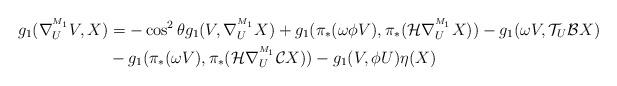
LaTeX: \begin{align*}g_{1}(\nabla^{^{M_1}}_{U}V,X) &=-\cos ^{2}\theta g_{1}(V,\nabla^{^{M_1}}_{U}X)+g_{1}(\pi_*(\omega\phi V),\pi_*(\mathcal{H}\nabla^{^{M_1}}_{U}X))-g_{1}(\omega V,\mathcal{T}_{U}\mathcal{B}X) \\&-g_{1}(\pi_*(\omega V),\pi_*(\mathcal{H}\nabla^{^{M_1}}_{U}\mathcal{C}X))-g_{1}(V,\phi U)\eta (X)\end{align*}